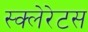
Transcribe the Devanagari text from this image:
स्क्लेरेटस